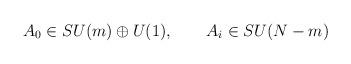
LaTeX: \begin{align*}A_{0}\in SU(m)\oplus U(1),\qquad A_{i}\in SU(N-m)\end{align*}